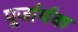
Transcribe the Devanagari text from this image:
पूर्जार्थक